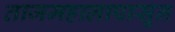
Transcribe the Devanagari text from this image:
ताजमहालापासून